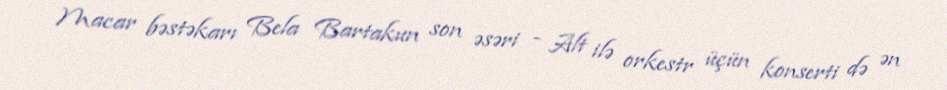
Macar bəstəkarı Bela Bartakun son əsəri - Alt ilə orkestr üçün konserti də ən